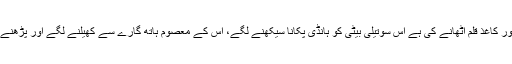
ایک بیٹی کہ جس کی عمر سیناپروناسیکنھے کی ہے،گڑیاکے ساتھ کھیلنے کی ہے اور کاغذ قلم اٹھانے کی ہے اس سوتیلی بیٹی کو ہانڈی پکانا سیکھنے لگے، اس کے معصوم ہاتھ گارے سے کھیلنے لگے اور پڑھنے لکھنے کے بجائے مال مویشیوں کو چارہ ڈالنے اور سنبھالنے کا ہنر سیکھنے لگے ۔